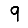
Digit: 9